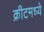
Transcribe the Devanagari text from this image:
क्रीटमध्ये